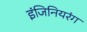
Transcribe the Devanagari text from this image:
इंजिनियरंग